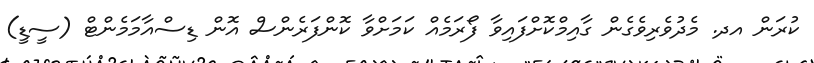
ކުރަން އދ. މެދުވެރިވެގެން ގާއިމްކޮށްފައިވާ ފޯރަމެއް ކަމަށްވާ ކޮންފަރެންސް އޮން ޑިސްއާމަމެންޓް (ސީޑީ)